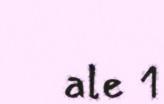
ale 1